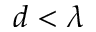
d < \lambda